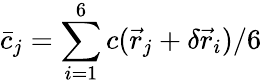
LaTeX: \bar{c}_{j}=\sum_{i=1}^{6}c(\vec{r}_{j}+\delta\vec{r}_{i})/6